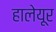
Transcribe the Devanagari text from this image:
हालेयूर